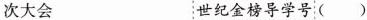
次大会 世纪金榜导学号（）